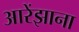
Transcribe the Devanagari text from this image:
आरेंझाना